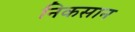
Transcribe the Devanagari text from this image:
निकसान